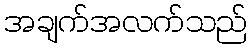
အချက်အလက်သည်